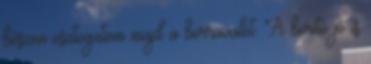
bőszen osztogatom majd a borravalót. A borító jó is